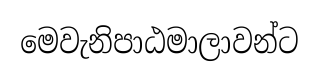
මෙවැනිපාඨමාලාවන්ට